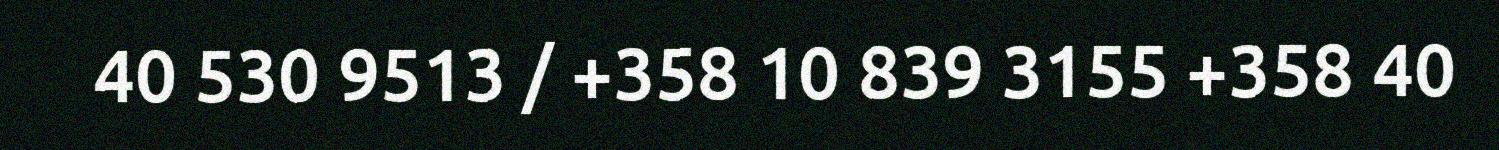
40 530 9513 / +358 10 839 3155 +358 40